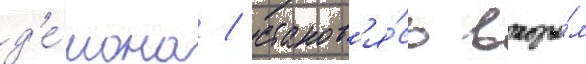
д'е́мона / станов'я́сь вторы́м